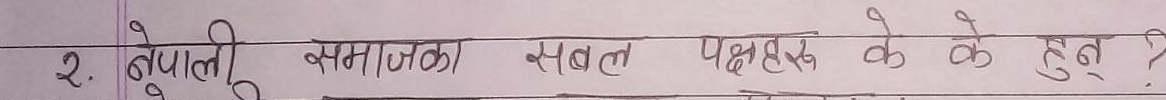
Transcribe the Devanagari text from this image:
2. नेपाली समाजका सबल पक्षहरू के के हुन्?